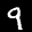
Label: 9